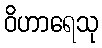
ဝိဟာရေသု